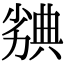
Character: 𠢣